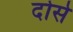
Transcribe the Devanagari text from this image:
दोसे